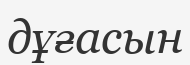
дұғасын